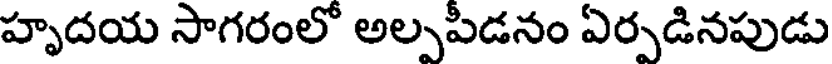
హృదయ సాగరంలో అల్పపీడనం ఏర్పడినపుడు